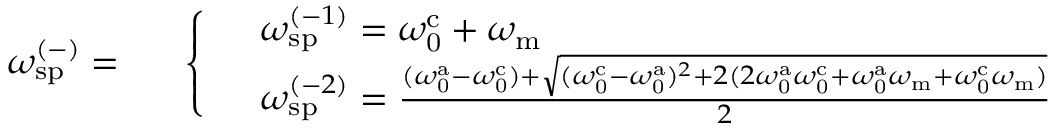
\omega _ { \mathrm { s p } } ^ { ( - ) } = \begin{array} { r l } & { \left\{ \begin{array} { l l } & { \omega _ { \mathrm { s p } } ^ { ( - 1 ) } = \omega _ { \mathrm { 0 } } ^ { \mathrm { c } } + \omega _ { \mathrm { m } } } \\ & { \omega _ { \mathrm { s p } } ^ { ( - 2 ) } = \frac { ( \omega _ { \mathrm { 0 } } ^ { \mathrm { a } } - \omega _ { \mathrm { 0 } } ^ { \mathrm { c } } ) + \sqrt { ( \omega _ { \mathrm { 0 } } ^ { \mathrm { c } } - \omega _ { \mathrm { 0 } } ^ { \mathrm { a } } ) ^ { 2 } + 2 ( 2 \omega _ { \mathrm { 0 } } ^ { \mathrm { a } } \omega _ { \mathrm { 0 } } ^ { \mathrm { c } } + \omega _ { \mathrm { 0 } } ^ { \mathrm { a } } \omega _ { \mathrm { m } } + \omega _ { \mathrm { 0 } } ^ { \mathrm { c } } \omega _ { \mathrm { m } } ) } } { 2 } } \end{array} \right. } \end{array}